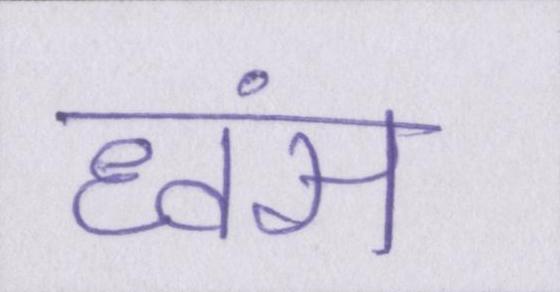
ध्वंस